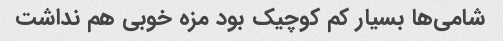
شامی‌ها بسیار کم کوچیک بود مزه خوبی هم نداشت